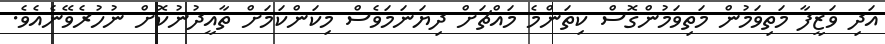
އަދި ވަޒީފާ މަތިވަމުން މަތިވަމުންގޮސް ކިތަންމެ މައްޗަށް ދިޔަނަމަވެސް މިކަންކަމަށް ތާއީދުނުކޮށް ނުހުރެވޭނެއެވެ.